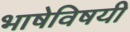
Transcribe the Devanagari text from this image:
भाषेविषयी